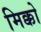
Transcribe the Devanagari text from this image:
मिक्को